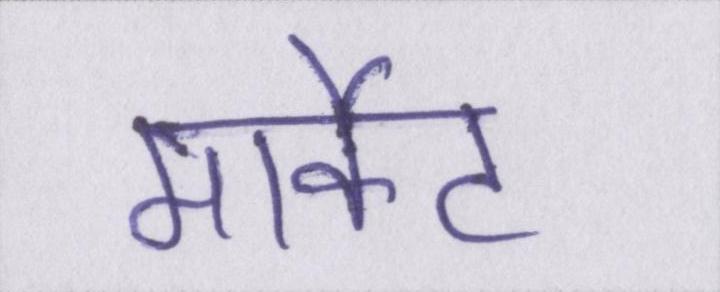
मार्केट